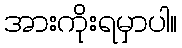
အားကိုးရမှာပါ။